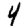
Digit: 4